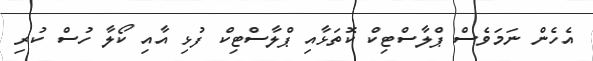
އެހެން ނަމަވެސް ޕްލާސްޓިކް ކޮތަޅާއި ޕްލާސްޓިކް ފުޅި އާއި ކޯލާ ހުސް ކުރި